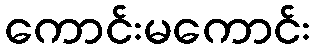
ကောင်းမကောင်း